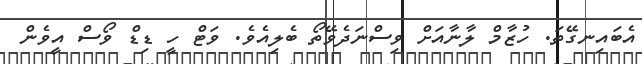
އެބައިނގޭތަ. ހުޒާމް ލާނާއަށް ވިސްނަދެވޭތޯ ބެލިއެވެ. ވަޓް ހީ ޑިޑް ވޯސް އީވެން